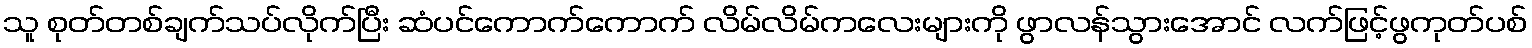
သူ စုတ်တစ်ချက်သပ်လိုက်ပြီး ဆံပင်ကောက်ကောက် လိမ်လိမ်ကလေးများကို ဖွာလန်သွားအောင် လက်ဖြင့်ဖွကုတ်ပစ်